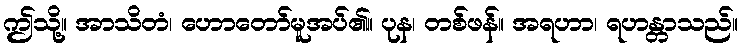
ဤသို့။ အာသိတံ၊ ဟောတော်မူအပ်၏။ ပုန၊ တစ်ဖန်။ အရဟာ၊ ရဟန္တာသည်။